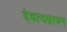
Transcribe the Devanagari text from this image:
देवत्वसाधन